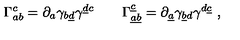
\Gamma _ { a b } ^ { c } = \partial _ { a } \gamma _ { b \underline { d } } \gamma ^ { \underline { d } c } \qquad \Gamma _ { \underline { a } \underline { b } } ^ { \underline { c } } = \partial _ { \underline { a } } \gamma _ { \underline { b } d } \gamma ^ { d \underline { c } } \ ,